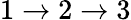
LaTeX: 1\to 2\to 3